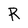
Character: R